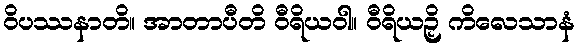
ဝိပဿနာတိ။ အာတာပီတိ ဝီရိယဝါ။ ဝီရိယဉှိ ကိလေသာနံ